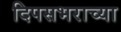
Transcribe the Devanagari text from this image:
दिपसभराच्या